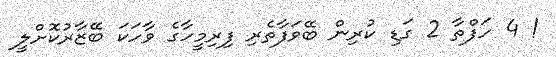
! 4 ހަފްތާ 2 ގަޑި ކުރިން ބޭވަފާތެރި ފިރިމީހާގެ ވާހަކަ ބޭޒާރުކޮށްލީ